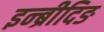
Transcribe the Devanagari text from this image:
इन्ब्रीदिङ